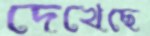
দেখেছে